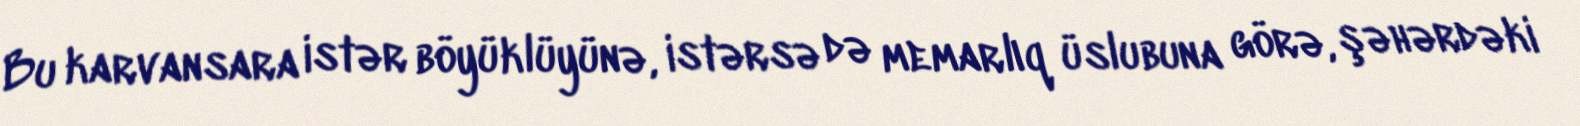
Bu karvansara istər böyüklüyünə, istərsə də memarlıq üslubuna görə, şəhərdəki